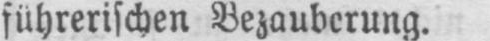
führerischen Bezauberung.